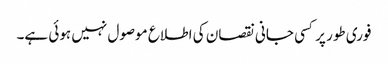
فوری طور پر کسی جانی نقصان کی اطلاع موصول نہیں ہوئی ہے۔